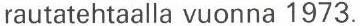
rautatehtaalla vuonna 1973.